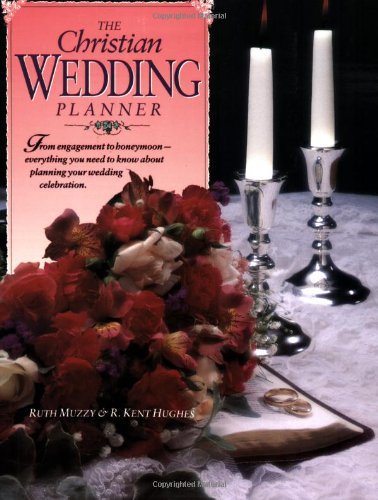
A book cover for The Christian Wedding Planner; R. Kent Hughes; Crafts, Hobbies & Home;